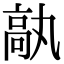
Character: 𩪿